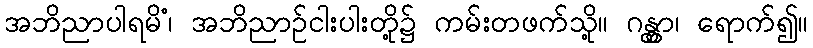
အဘိညာပါရမိံ၊ အဘိညာဉ်ငါးပါးတို့၌ ကမ်းတဖက်သို့။ ဂန္တွာ၊ ရောက်၍။